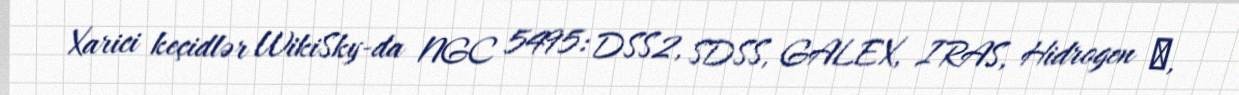
Xarici keçidlər WikiSky-da NGC 5495: DSS2, SDSS, GALEX, IRAS, Hidrogen α,